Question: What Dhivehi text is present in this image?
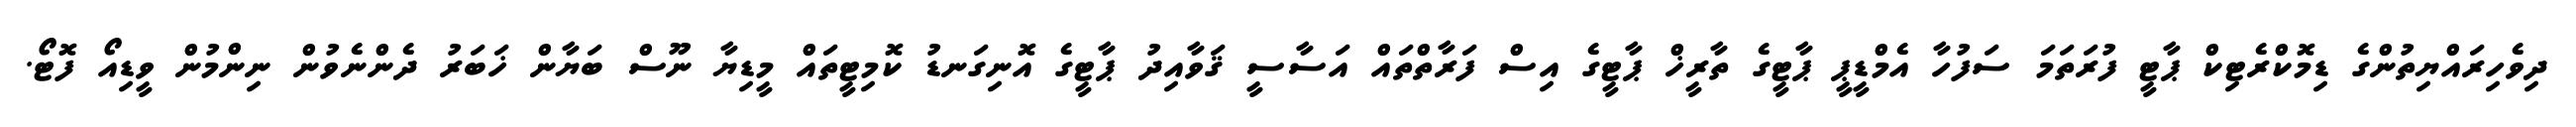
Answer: ދިވެހިރައްޔިތުންގެ ޑިމޮކްރެޓިކް ޕާޓީ ފުރަތަމަ ސަފުހާ އެމްޑީޕީ ޕާޓީގެ ތާރީޚް ޕާޓީގެ އިސް ފަރާތްތައް އަސާސީ ޤަވާއިދު ޕާޓީގެ އޮނިގަނޑު ކޮމިޓީތައް މީޑިޔާ ނޫސް ބަޔާން ޚަބަރު ދެންނެވުން ނިންމުން ވީޑިއޯ ފޮޓޯ.